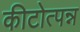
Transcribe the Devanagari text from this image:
कीटोत्पन्न